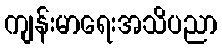
ကျန်းမာရေးအသိပညာ